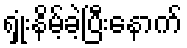
ရှုံးနိမ့်ခဲ့ပြီးနောက်